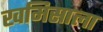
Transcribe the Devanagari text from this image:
खमिसाला